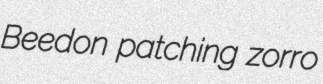
Beedon patching zorro